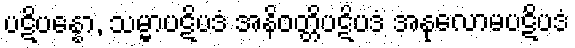
ပဋိပန္နော, သမ္မာပဋိပဒံ အနိဝတ္တိပဋိပဒံ အနုလောမပဋိပဒံ